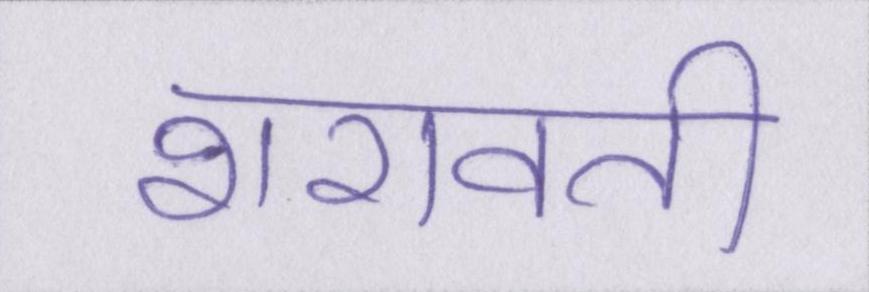
शरावती